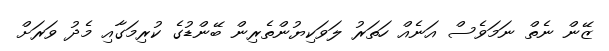
ޒޭން ނެތް ނަމަވެސް އަނެއް ހަތަރު ލަވަކިޔުންތެރިން ބޭންޑުގެ ކުރިމަގާއި މެދު ވަރަށް